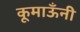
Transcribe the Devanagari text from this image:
कूमाऊँनी